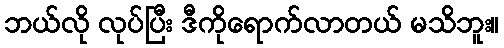
ဘယ်လို လုပ်ပြီး ဒီကိုရောက်လာတယ် မသိဘူး။